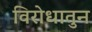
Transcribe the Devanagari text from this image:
विरोधातुन